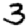
Digit: 3